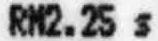
RM2.25 S